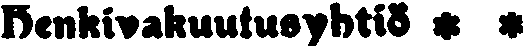
henkiwakuutusyhtiö * *